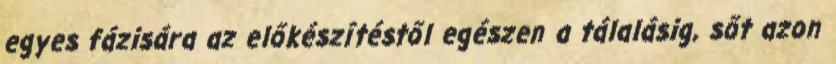
egyes fázisára az előkészítéstől egészen a tálalásig, sőt azon